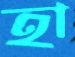
হা